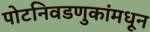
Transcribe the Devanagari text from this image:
पोटनिवडणुकांमधून